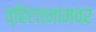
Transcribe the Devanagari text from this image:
व्हिएतनामवर